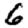
Digit: 6